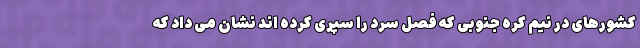
کشورهای در نیم کره جنوبی که فصل سرد را سپری کرده اند نشان می داد که